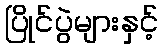
ပြိုင်ပွဲများနှင့်